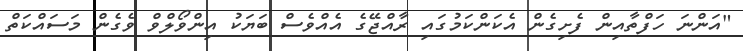
"އަންނަ ހަފްތާއިން ފެށިގެން އެކަންކަމުގައި ރާއްޖޭގެ އެއްވެސް ބަޔަކު އިންވޯލްވް ވެގެން މަސައްކަތް